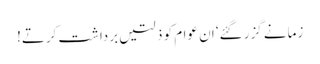
زمانے گزر گئے‘ ان عوام کو ذلتیں برداشت کرتے!